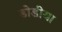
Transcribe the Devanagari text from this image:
डोडीया